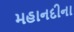
મહાનદીના